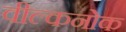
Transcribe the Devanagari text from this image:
वील्कनोक